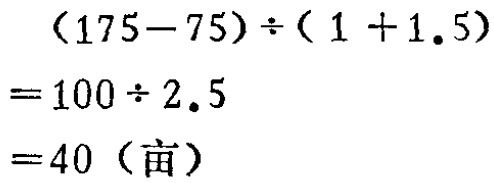
\[

\begin{align*}

&(175 - 75)\div(1 + 1.5)\\

=&100\div2.5\\

=&40 (\text{亩})

\end{align*}

\]